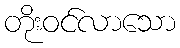
တိုးဝင်လာသော